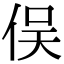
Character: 俣